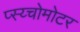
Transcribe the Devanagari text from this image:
प्स्य्चोमोटर